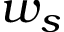
w _ { s }